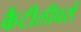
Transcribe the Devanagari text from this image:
कैंटीलीवर्स